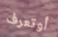
أوتعرف